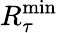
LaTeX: R_{\tau}^{\mathrm{min}}